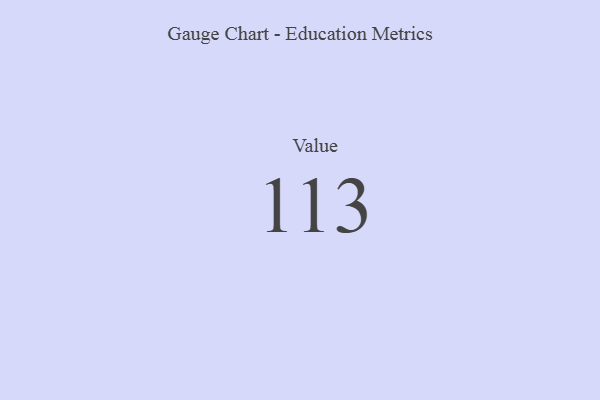
{"axis": {"x": "Metric", "y": "Value"}, "legend": [""], "data": [{"x": "Value", "y": 113, "type": ""}]}